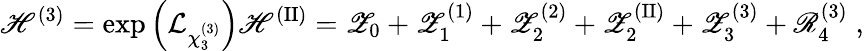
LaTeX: \mathscr{H}^{(3)}=\exp\left(\mathcal{L}_{\chi_{3}^{(3)}}\right)\mathscr{H}^{(\mathrm{II})}=\mathscr{Z}_{0}+\mathscr{Z}_{1}^{(1)}+\mathscr{Z}_{2}^{(2)}+\mathscr{Z}_{2}^{(\mathrm{II})}+\mathscr{Z}_{3}^{(3)}+\mathscr{R}_{4}^{(3)}\; ,